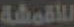
للأقمشة